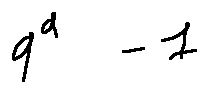
q ^ { d } - 1